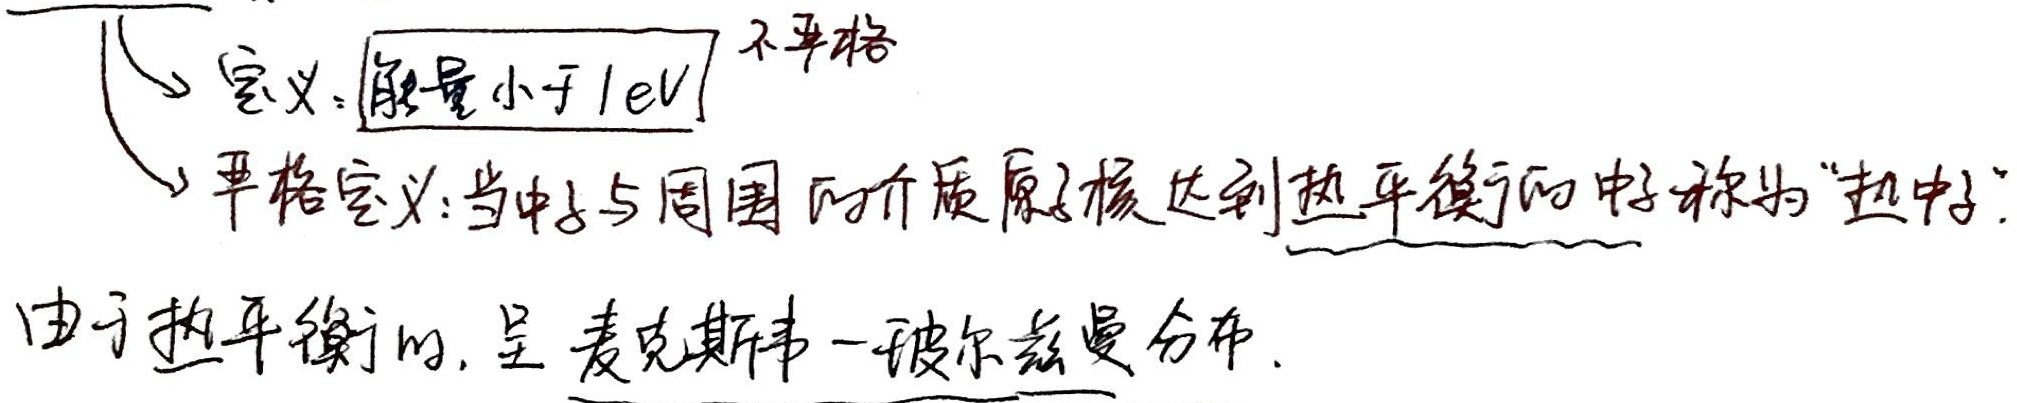
定义：能量小于1eV  不严格
严格定义：当中子与周围的介质原子核达到热平衡的中子称为“热中子”
由于热平衡的，呈麦克斯韦 - 玻尔兹曼分布.